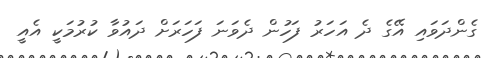
ގެންދަވައި އޭގެ ދެ އަހަރު ފަހުން ދެވަނަ ފަހަރަށް ދައުވާ ކުރުމަކީ އެއީ